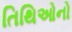
તિથિઓનો